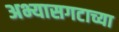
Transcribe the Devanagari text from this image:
अभ्यासगटाच्या